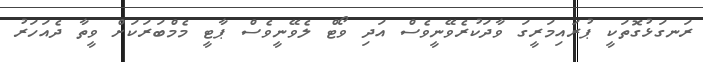
ރަނގަޅުގޮތަކީ ޕުރައިމަރީގަ ވާދަކުރެވޭނީވެސް އަދި ވޯޓް ލެވޭނީވެސް ޕާޓީ މެމްބަރަކަށް ވީތާ ދެއަހަރު